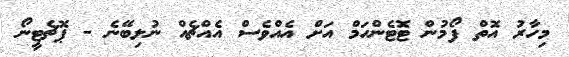
މިހާރު އޮތް ފޯމުން ޓޮޓެންހަމް އަށް އެއްވެސް އެއްޗެއް ނުލިބޭނެ - ޕޮޗެޓީނޯ